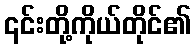
၎င်းတို့ကိုယ်တိုင်၏